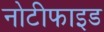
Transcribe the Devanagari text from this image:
नोटीफाइड